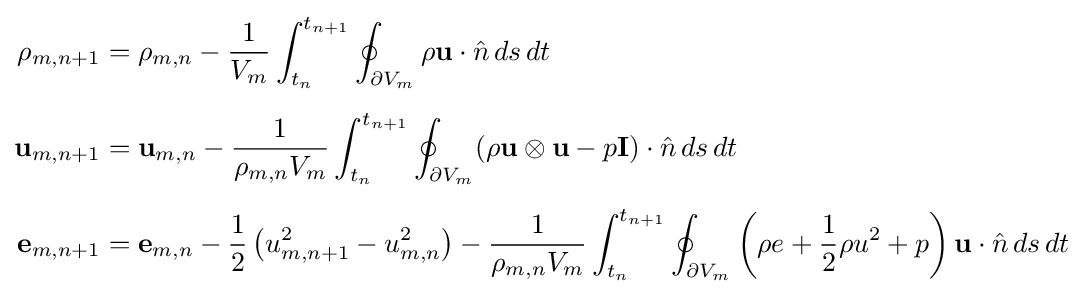
{\begin{aligned}\rho _{m,n+1}&=\rho _{m,n}-{\frac {1}{V_{m}}}\int _{t_{n}}^{t_{n+1}}\oint _{\partial V_{m}}\rho \mathbf {u} \cdot {\hat {n}}\,ds\,dt\\[1.2ex]\mathbf {u} _{m,n+1}&=\mathbf {u} _{m,n}-{\frac {1}{\rho _{m,n}V_{m}}}\int _{t_{n}}^{t_{n+1}}\oint _{\partial V_{m}}(\rho \mathbf {u} \otimes \mathbf {u} -p\mathbf {I} )\cdot {\hat {n}}\,ds\,dt\\[1.2ex]\mathbf {e} _{m,n+1}&=\mathbf {e} _{m,n}-{\frac {1}{2}}\left(u_{m,n+1}^{2}-u_{m,n}^{2}\right)-{\frac {1}{\rho _{m,n}V_{m}}}\int _{t_{n}}^{t_{n+1}}\oint _{\partial V_{m}}\left(\rho e+{\frac {1}{2}}\rho u^{2}+p\right)\mathbf {u} \cdot {\hat {n}}\,ds\,dt\\[1.2ex]\end{aligned}}